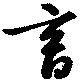
畜